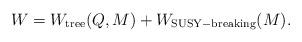
LaTeX: \begin{align*}W=W_{\rm tree}(Q,M)+W_{\rm SUSY-breaking}(M).\end{align*}